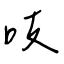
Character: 吱